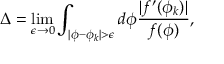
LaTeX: \Delta = \operatorname * { l i m } _ { \epsilon \rightarrow 0 } \int _ { | \phi - \phi _ { k } | > \epsilon } d \phi \frac { | f ^ { \prime } ( \phi _ { k } ) | } { f ( \phi ) } ,